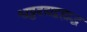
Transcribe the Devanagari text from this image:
श्वठ्ठद्दद्यद्बह्यद्ध